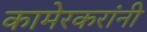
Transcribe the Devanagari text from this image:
कामेरकरांनी